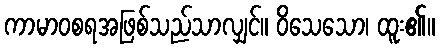
ကာမာဝစရအဖြစ်သည်သာလျှင်။ ဝိသေသော၊ ထူး၏။